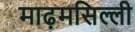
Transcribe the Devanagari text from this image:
माढ़मसिल्ली